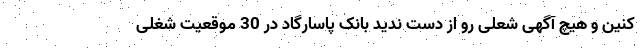
کنین و هیچ آگهی شعلی رو از دست ندید بانک پاسارگاد در 30 موقعیت شغلی